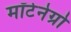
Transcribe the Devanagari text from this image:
मॉटेनेग्रो